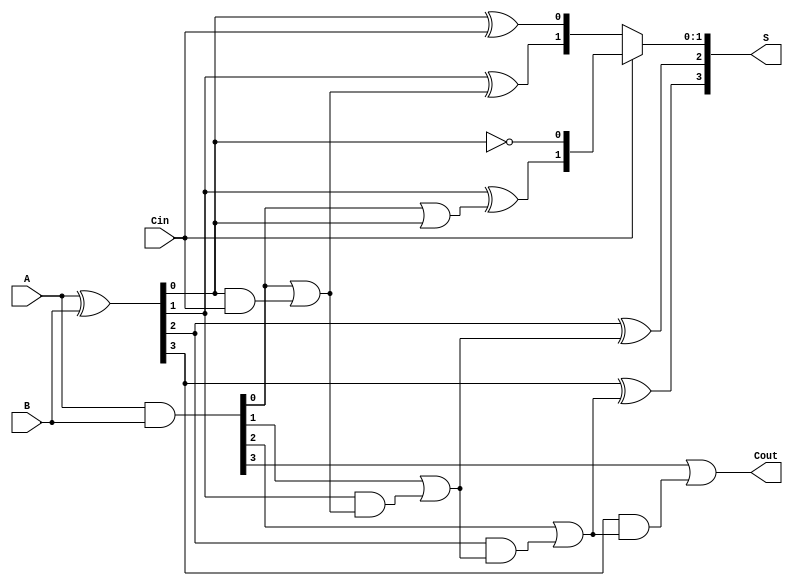
module CarrySelectAdder (
    input [3:0] A,       // 4-bit input A
    input [3:0] B,       // 4-bit input B
    input Cin,           // Input carry
    output [3:0] S,      // 4-bit sum output
    output Cout          // Output carry
);

    wire [3:0] S0, S1;   // Sum outputs for Cin = 0 and Cin = 1
    wire C0, C1;         // Carry outputs for Cin = 0 and Cin = 1
    wire [3:0] P;        // Propagate signals
    wire [3:0] G;        // Generate signals
    wire [3:0] C;        // Carry signals for each segment

    // Generate and Propagate signals
    assign P = A ^ B;    // Propagate
    assign G = A & B;    // Generate

    // First segment (LSB)
    assign S0[0] = P[0] ^ Cin; // Sum for Cin = 0
    assign S1[0] = P[0] ^ 1'b1; // Sum for Cin = 1
    assign C0 = G[0] | (P[0] & Cin); // Carry out for Cin = 0
    assign C1 = G[0] | (P[0] & 1'b1); // Carry out for Cin = 1

    // Second segment
    assign S0[1] = P[1] ^ C0; // Sum for Cin = 0
    assign S1[1] = P[1] ^ C1; // Sum for Cin = 1
    assign C[1] = G[1] | (P[1] & C0); // Carry out for segment 1

    // Third segment
    assign S0[2] = P[2] ^ C[1]; // Sum for Cin = 0
    assign S1[2] = P[2] ^ C[1]; // Sum for Cin = 1
    assign C[2] = G[2] | (P[2] & C[1]); // Carry out for segment 2

    // Fourth segment (MSB)
    assign S0[3] = P[3] ^ C[2]; // Sum for Cin = 0
    assign S1[3] = P[3] ^ C[2]; // Sum for Cin = 1
    assign Cout = G[3] | (P[3] & C[2]); // Carry out for segment 3

    // MUX to select final sum and carry output
    assign S = Cin ? S1 : S0; // Select sum based on Cin
    // Cout is already calculated based on the last segment

endmodule